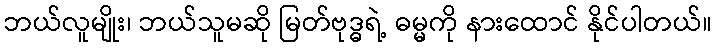
ဘယ်လူမျိုး၊ ဘယ်သူမဆို မြတ်ဗုဒ္ဓရဲ့ ဓမ္မကို နားထောင် နိုင်ပါတယ်။